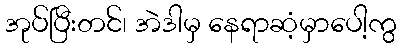
အုပ်ပြီးတင်၊ အဲဒါမှ နေရာဆံ့မှာပေါ့ကွ